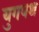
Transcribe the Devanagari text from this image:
युगपथ